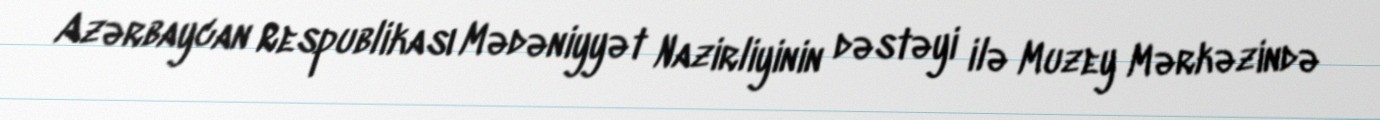
Azərbaycan Respublikası Mədəniyyət Nazirliyinin dəstəyi ilə Muzey Mərkəzində